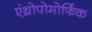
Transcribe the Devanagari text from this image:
एंथ्रोपोमोर्फिक